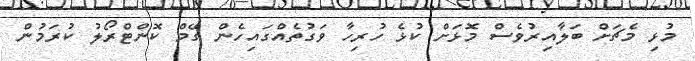
މުޅި މެޗަށް ބަލާއިރުވެސް މޮޅަށް ކުޅެ ހުރިހާ ވަގުތެއްގައިހެން ގޭމް ކޮންޓްރޯލު ކުރަމުން